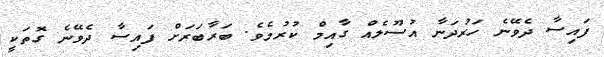
ފައިސާ ދެވޭނެ ހަރުދަނާ އުސޫލެއް ގާއިމް ކުރުމެވެ. ބަރާބަރަށް ފައިސާ ދެވޭނެ ގޮތަކީ